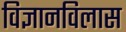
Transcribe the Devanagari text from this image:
विज्ञानविलास